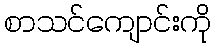
စာသင်ကျောင်းကို